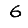
Digit: 6